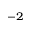
^ { - 2 }